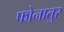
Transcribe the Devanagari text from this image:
फोनातुर